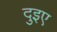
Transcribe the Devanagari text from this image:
दुइए